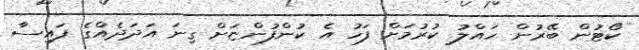
ކޯޓުން ބޭރުން ހައްލު ކުރުމަށް ފަހު އެ ކުންފުންޏަށް ގިނަ އަދަދެއްގެ ފައިސާ